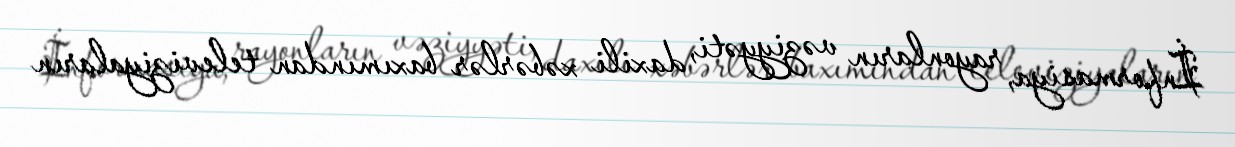
İnformasiya, rayonların vəziyyəti, daxili xəbərlər baxımından televiziyaların